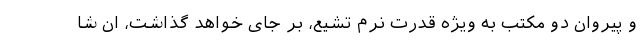
و پیروان دو مکتب به ویژه قدرت نرم تشیع، بر جای خواهد گذاشت، ان شا